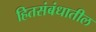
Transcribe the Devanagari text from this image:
हितसंबंधातील